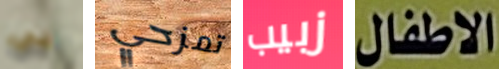
بي تمزحي زبيب الاطفال